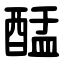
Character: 䣿